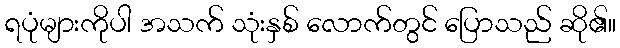
ရပုံများကိုပါ အသက် သုံးနှစ် လောက်တွင် ပြောသည် ဆို၏။